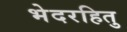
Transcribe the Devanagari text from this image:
भेदरहितु